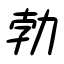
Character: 勃